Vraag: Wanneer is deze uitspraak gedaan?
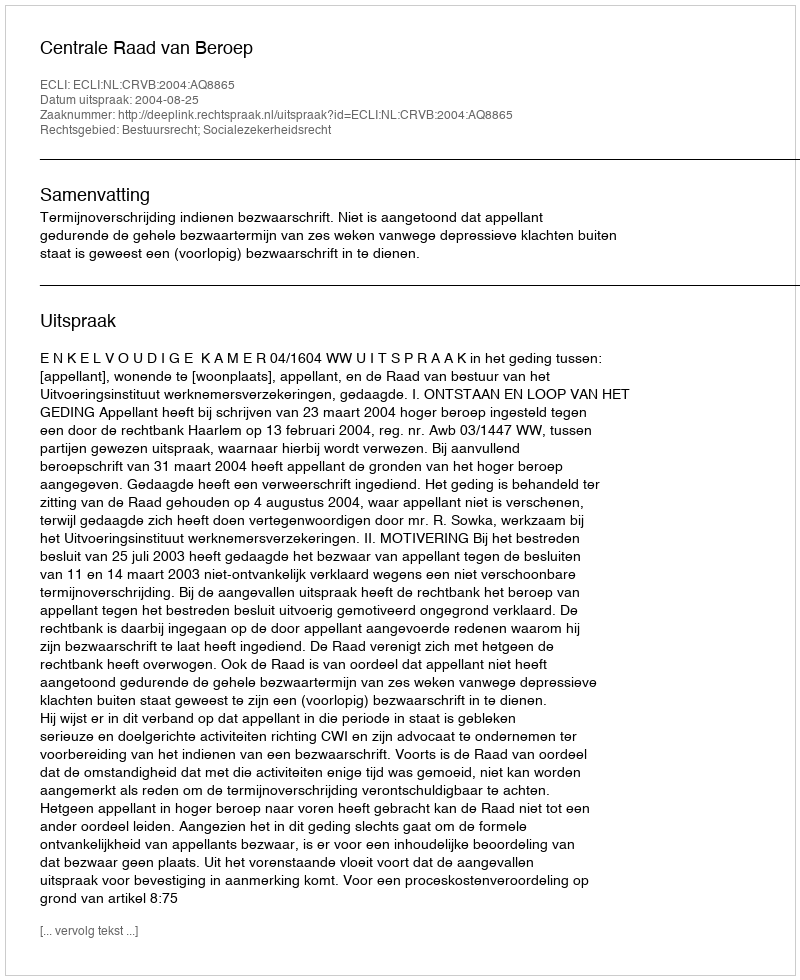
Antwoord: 2004-08-25